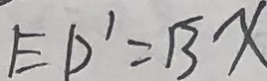
E D ^ { \prime } = B x